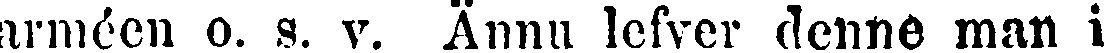
arméen o. s. v. Ännu lefver denne man i